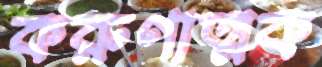
করুণাত্মক